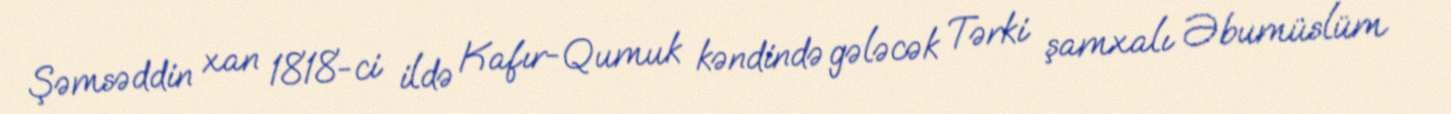
Şəmsəddin xan 1818-ci ildə Kafır-Qumuk kəndində gələcək Tərki şamxalı Əbumüslüm